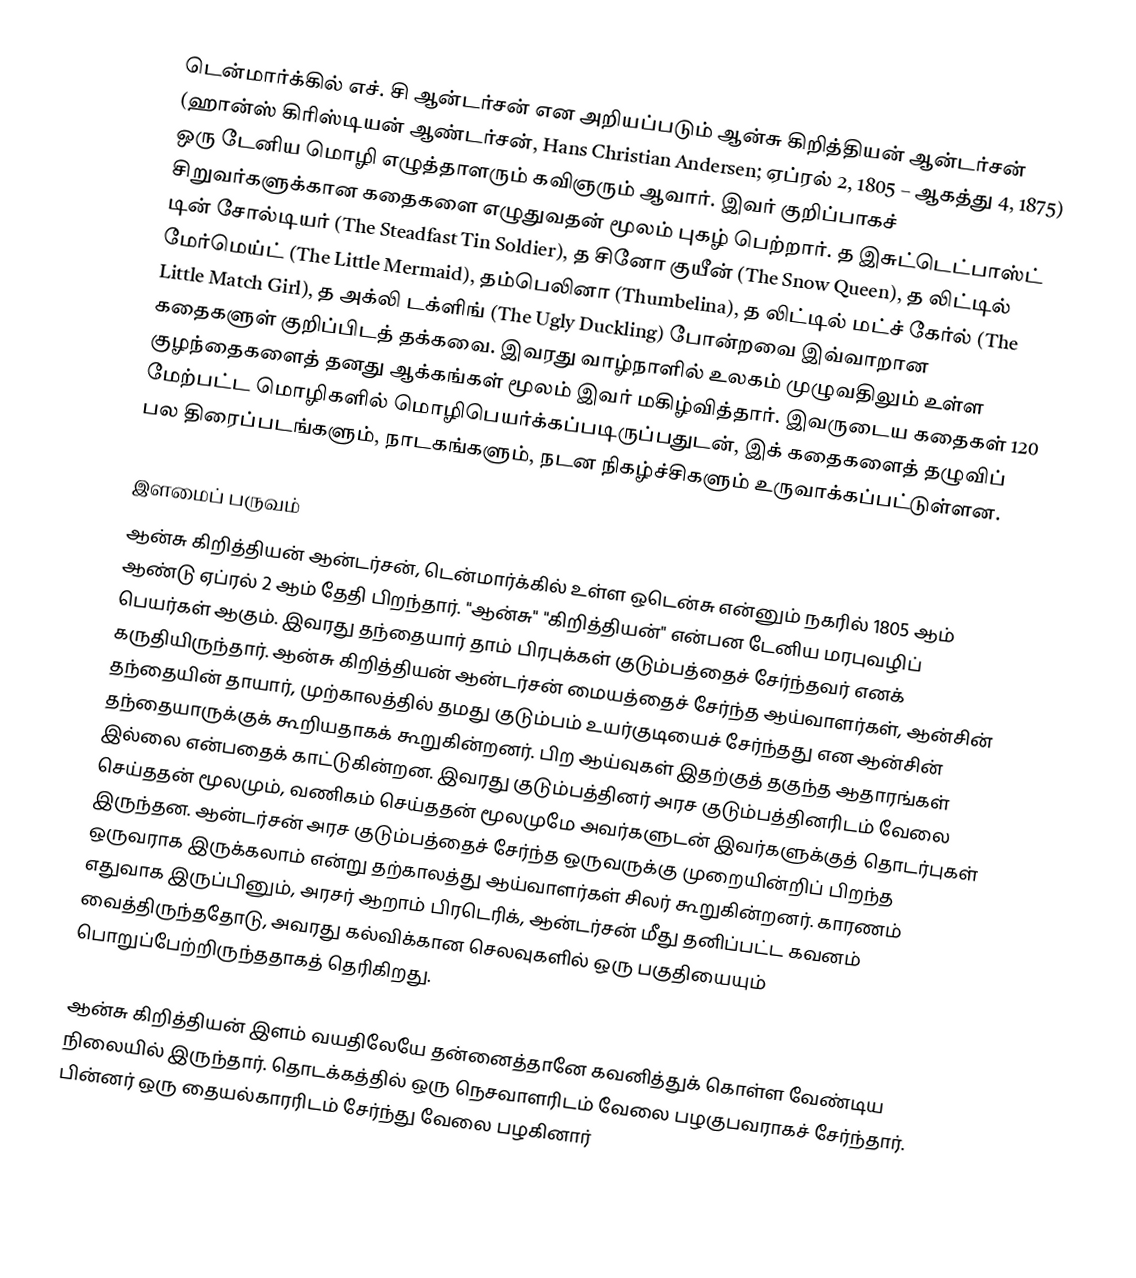
டென்மார்க்கில் எச். சி ஆன்டர்சன் என அறியப்படும் ஆன்சு கிறித்தியன் ஆன்டர்சன் (ஹான்ஸ் கிரிஸ்டியன் ஆண்டர்சன், Hans Christian Andersen; ஏப்ரல் 2, 1805 – ஆகத்து 4, 1875) ஒரு டேனிய மொழி எழுத்தாளரும் கவிஞரும் ஆவார். இவர் குறிப்பாகச் சிறுவர்களுக்கான கதைகளை எழுதுவதன் மூலம் புகழ் பெற்றார். த இசுட்டெட்பாஸ்ட் டின் சோல்டியர் (The Steadfast Tin Soldier), த சினோ குயீன் (The Snow Queen), த லிட்டில் மேர்மெய்ட் (The Little Mermaid), தம்பெலினா (Thumbelina), த லிட்டில் மட்ச் கேர்ல் (The Little Match Girl), த அக்லி டக்ளிங் (The Ugly Duckling) போன்றவை இவ்வாறான கதைகளுள் குறிப்பிடத் தக்கவை. இவரது வாழ்நாளில் உலகம் முழுவதிலும் உள்ள குழந்தைகளைத் தனது ஆக்கங்கள் மூலம் இவர் மகிழ்வித்தார். இவருடைய கதைகள் 120 மேற்பட்ட மொழிகளில் மொழிபெயர்க்கப்படிருப்பதுடன், இக் கதைகளைத் தழுவிப் பல திரைப்படங்களும், நாடகங்களும், நடன நிகழ்ச்சிகளும் உருவாக்கப்பட்டுள்ளன.

இளமைப் பருவம்
ஆன்சு கிறித்தியன் ஆன்டர்சன், டென்மார்க்கில் உள்ள ஒடென்சு என்னும் நகரில் 1805 ஆம் ஆண்டு ஏப்ரல் 2 ஆம் தேதி பிறந்தார். "ஆன்சு" "கிறித்தியன்" என்பன டேனிய மரபுவழிப் பெயர்கள் ஆகும். இவரது தந்தையார் தாம் பிரபுக்கள் குடும்பத்தைச் சேர்ந்தவர் எனக் கருதியிருந்தார். ஆன்சு கிறித்தியன் ஆன்டர்சன் மையத்தைச் சேர்ந்த ஆய்வாளர்கள், ஆன்சின் தந்தையின் தாயார், முற்காலத்தில் தமது குடும்பம் உயர்குடியைச் சேர்ந்தது என ஆன்சின் தந்தையாருக்குக் கூறியதாகக் கூறுகின்றனர். பிற ஆய்வுகள் இதற்குத் தகுந்த ஆதாரங்கள் இல்லை என்பதைக் காட்டுகின்றன. இவரது குடும்பத்தினர் அரச குடும்பத்தினரிடம் வேலை செய்ததன் மூலமும், வணிகம் செய்ததன் மூலமுமே  அவர்களுடன் இவர்களுக்குத் தொடர்புகள் இருந்தன. ஆன்டர்சன் அரச குடும்பத்தைச் சேர்ந்த ஒருவருக்கு முறையின்றிப் பிறந்த ஒருவராக இருக்கலாம் என்று தற்காலத்து ஆய்வாளர்கள் சிலர் கூறுகின்றனர். காரணம் எதுவாக இருப்பினும், அரசர் ஆறாம் பிரடெரிக், ஆன்டர்சன் மீது தனிப்பட்ட கவனம் வைத்திருந்ததோடு, அவரது கல்விக்கான செலவுகளில் ஒரு பகுதியையும் பொறுப்பேற்றிருந்ததாகத் தெரிகிறது.

ஆன்சு கிறித்தியன் இளம் வயதிலேயே தன்னைத்தானே கவனித்துக் கொள்ள வேண்டிய நிலையில் இருந்தார். தொடக்கத்தில் ஒரு நெசவாளரிடம் வேலை பழகுபவராகச் சேர்ந்தார். பின்னர் ஒரு தையல்காரரிடம் சேர்ந்து வேலை பழகினார்